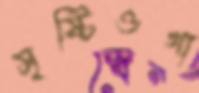
সৃষ্টিওগা